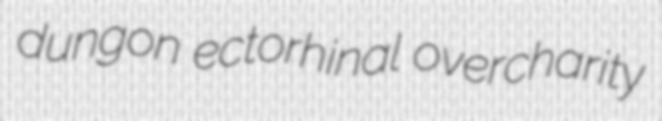
dungon ectorhinal overcharity